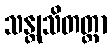
သန္တုသိတတ္တာ